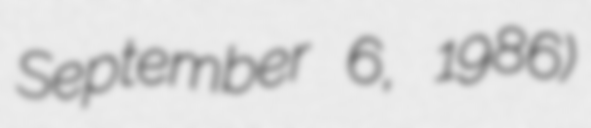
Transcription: September 6, 1986)